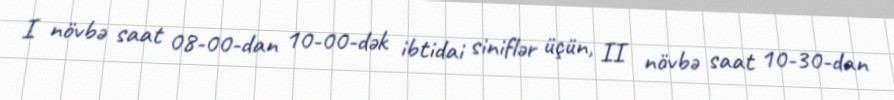
I növbə saat 08-00-dan 10-00-dək ibtidai siniflər üçün, II növbə saat 10-30-dan